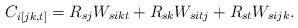
LaTeX: \begin{align*}C_{i[jk, t]} = R_{sj}W_{sikt}+R_{sk}W_{sitj}+R_{st}W_{sijk}.\end{align*}